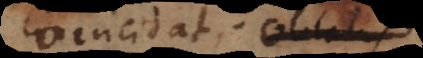
coincidat; oblatis